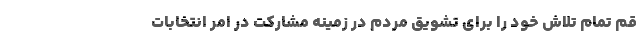
قم تمام تلاش خود را برای تشویق مردم در زمینه مشارکت در امر انتخابات